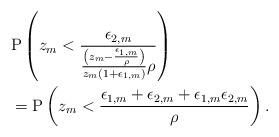
LaTeX: \begin{align*}&\mathrm{P}\left( z_m < \frac{\epsilon_{2,m}}{ \frac{ \left(z_m-\frac{\epsilon_{1,m}}{\rho}\right)}{z_m(1+\epsilon_{1,m})} \rho} \right) \\&=\mathrm{P}\left( z_m <\frac{\epsilon_{1,m}+\epsilon_{2,m}+\epsilon_{1,m}\epsilon_{2,m}}{\rho} \right).\end{align*}